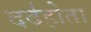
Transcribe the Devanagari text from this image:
दर्दहोता